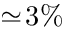
\simeq \! 3 \%